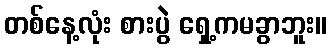
တစ်နေ့လုံး စားပွဲ ရှေ့ကမခွာဘူး။